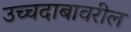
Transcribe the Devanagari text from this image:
उच्चदाबावरील